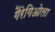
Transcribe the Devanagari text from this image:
गैरेगिओला